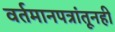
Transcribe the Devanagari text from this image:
वर्तमानपत्रांतूनही